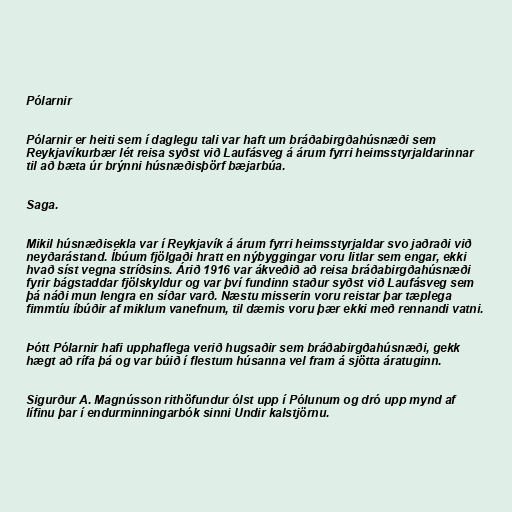
Pólarnir

Pólarnir er heiti sem í daglegu tali var haft um bráðabirgðahúsnæði sem
Reykjavíkurbær lét reisa syðst við Laufásveg á árum fyrri heimsstyrjaldarinnar
til að bæta úr brýnni húsnæðisþörf bæjarbúa.

Saga.

Mikil húsnæðisekla var í Reykjavík á árum fyrri heimsstyrjaldar svo jaðraði við
neyðarástand. Íbúum fjölgaði hratt en nýbyggingar voru litlar sem engar, ekki
hvað síst vegna stríðsins. Árið 1916 var ákveðið að reisa bráðabirgðahúsnæði
fyrir bágstaddar fjölskyldur og var því fundinn staður syðst við Laufásveg sem
þá náði mun lengra en síðar varð. Næstu misserin voru reistar þar tæplega
fimmtíu íbúðir af miklum vanefnum, til dæmis voru þær ekki með rennandi vatni.

Þótt Pólarnir hafi upphaflega verið hugsaðir sem bráðabirgðahúsnæði, gekk
hægt að rífa þá og var búið í flestum húsanna vel fram á sjötta áratuginn.

Sigurður A. Magnússon rithöfundur ólst upp í Pólunum og dró upp mynd af
lífinu þar í endurminningarbók sinni Undir kalstjörnu.